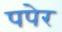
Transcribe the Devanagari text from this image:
पपेर